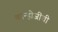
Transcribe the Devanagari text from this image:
कान्होजींची